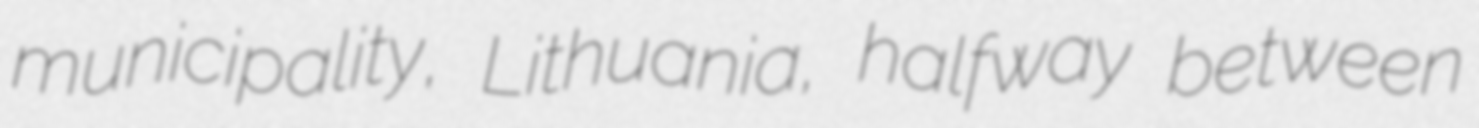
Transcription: municipality, Lithuania, halfway between